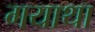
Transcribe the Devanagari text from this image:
गयाथा